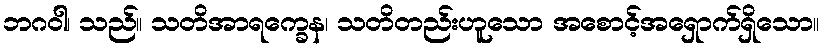
ဘဂဝါ၊ သည်။ သတိအာရက္ခေန၊ သတိတည်းဟူသော အစောင့်အရှောက်ရှိသော။